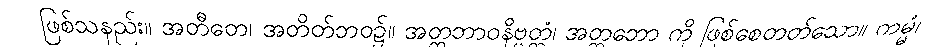
ဖြစ်သနည်း။ အတီတေ၊ အတိတ်ဘဝ၌။ အတ္တဘာဝနိဗ္ဗတ္တံ၊ အတ္တဘော ကို ဖြစ်စေတတ်သော။ ကမ္မံ၊